Report of the King Institute of Preventive Medicine, Guindy
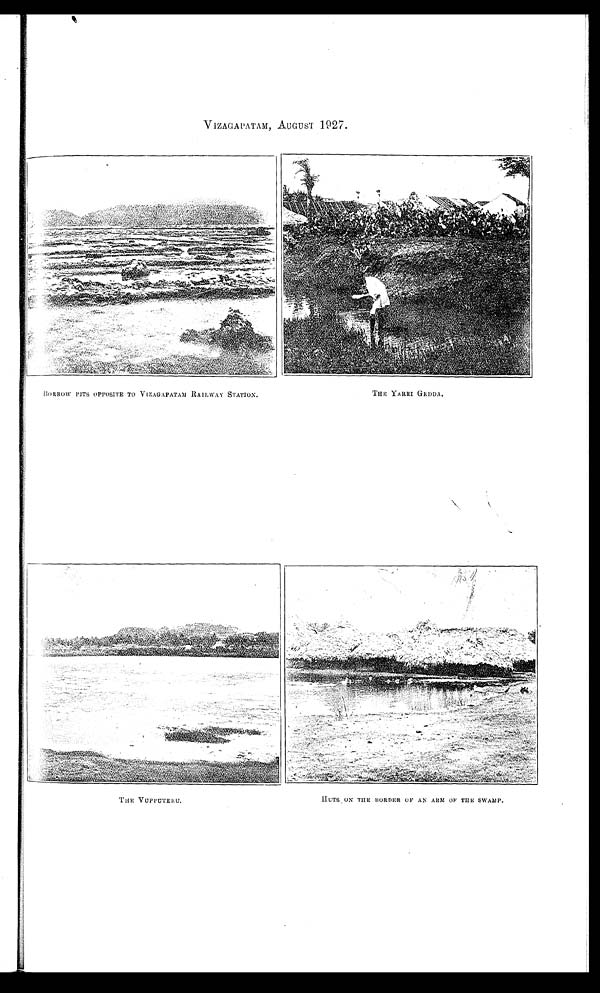
BORROW PITS OPPOSITE TO VIZAGAPATAM RAILWAY STATION.
THE YARRI GEDDA.
T H E V U P P U T E R U .
HUTS ON THE BORDER OF AN ARM OF THE SWAMP.
VIZAGAPATAM, AUGUST 1927.